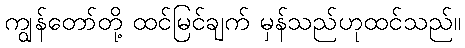
ကျွန်တော်တို့ ထင်မြင်ချက် မှန်သည်ဟုထင်သည်။